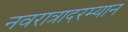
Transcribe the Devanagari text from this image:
नवरात्रादरम्यान